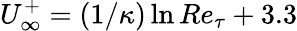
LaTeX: U_{\infty}^{+}=(1/\kappa)\ln Re_{\tau}+3.3